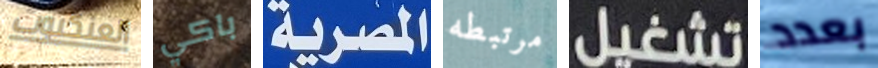
العنكبوت باكي المصرية مرتبطه تشغيل بعدد